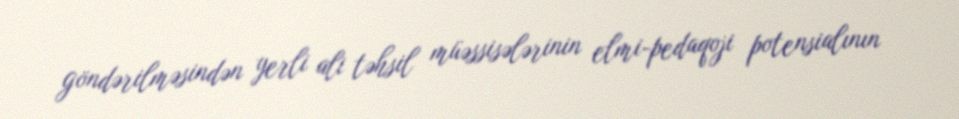
göndərilməsindən yerli ali təhsil müəssisələrinin elmi-pedaqoji potensialının